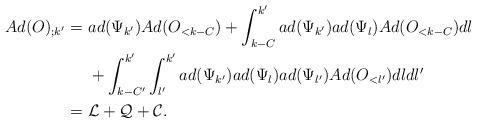
LaTeX: \begin{align*} Ad(O)_{;k'} = & \ ad(\Psi_{k'}) Ad(O_{<k-C}) + \int_{k-C}^{k'} ad(\Psi_{k'}) ad(\Psi_l) Ad(O_{<k-C}) dl\\ & \ + \int_{k-C'}^{k'}\int_{l'}^{k'} ad(\Psi_{k'})ad(\Psi_l)ad(\Psi_{l'}) Ad(O_{<l'})dl dl'\\ = & \ \mathcal{L} + \mathcal{Q} + \mathcal{C} . \end{align*}